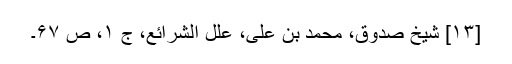
[۱۳] شیخ صدوق، محمد بن علی، علل الشرائع، ج ۱، ص ۶۷۔